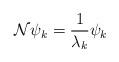
LaTeX: \begin{align*}\mathcal{N}\psi_k=\frac{1}{\lambda_k}\psi_k\end{align*}